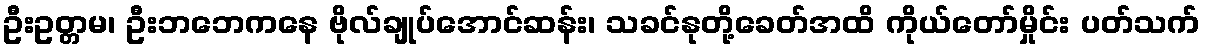
ဦးဥတ္တမ၊ ဦးဘဘေကနေ ဗိုလ်ချုပ်အောင်ဆန်း၊ သခင်နုတို့ခေတ်အထိ ကိုယ်တော်မှိုင်း ပတ်သက်